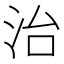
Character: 治